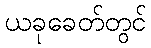
ယခုခေတ်တွင်